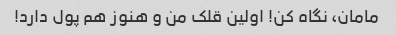
مامان، نگاه کن! اولین قلک من و هنوز هم پول دارد!